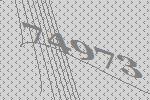
74973